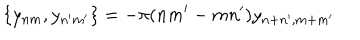
\{ y _ { n m } , y _ { n ^ { \prime } m ^ { \prime } } \} = - \pi ( n m ^ { \prime } - m n ^ { \prime } ) y _ { n + n ^ { \prime } , m + m ^ { \prime } }